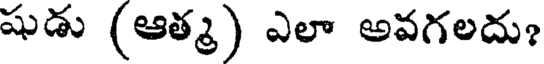
షుడు (ఆత్మ) ఎలా అవగలదు?